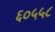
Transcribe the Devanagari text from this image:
६०५५८